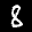
Label: 8